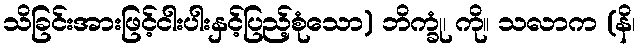
သိခြင်းအားဖြင့်ငါးပါးနှင့်ပြည့်စုံသော) ဘိက္ခုံ၊ ကို။ သလာက (နိ၊